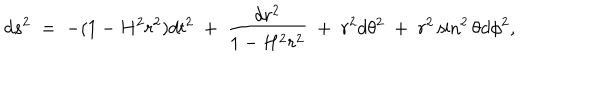
LaTeX: d s ^ { 2 } \; = \; - ( 1 - H ^ { 2 } r ^ { 2 } ) d t ^ { 2 } \; + \; \frac { d r ^ { 2 } } { 1 - H ^ { 2 } r ^ { 2 } } \; + \; r ^ { 2 } d \theta ^ { 2 } \; + \; r ^ { 2 } \sin ^ { 2 } \theta d \phi ^ { 2 } ,